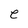
Character: e